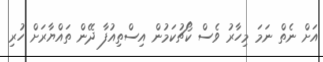
އަށް ނެތް ނަމަ މިހާރު ވެސް ކޯޗުކަމުން އިސްތިއުފާ ދޭން ތައްޔާރަށް ހުރި